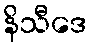
နိသီဒေ